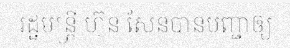
រដ្ឋមន្ត្រី ហ៊ុន សែនបានបញ្ជាឲ្យ